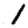
Digit: 1